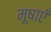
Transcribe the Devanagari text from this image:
मूषाएँ